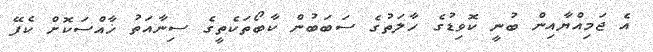
އެ ޖަމިއްޔާއިން ބުނީ ކޮވިޑުގެ ހާލަތުގެ ސަބަބުން ކާބޯތަކެތީގެ ސިނާއަތު ޚާއްސަކޮށް ކެފޭ